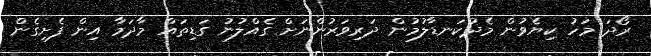
ރޯދަ މަހު ކިޔެވުން މެދުކަނޑާލުމުން ދަރިވަރުންނަށް ގެއްލުނު ގަޑިތައް މާދަމާ އިން ފެށިގެން